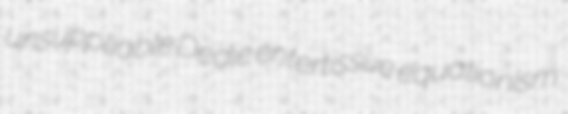
unsuppliable Dedie entertissue equationism